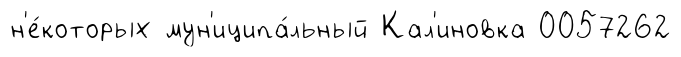
н'е́которых мун'иципа́льный Кал'иновка 0057262